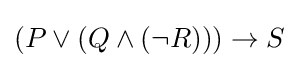
(P\vee (Q\wedge (\neg R)))\rightarrow S